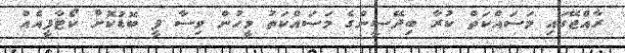
ރާއްޖޭގައި މަސައްކަތް ކުރާ ބިދޭސީންގެ މަސައްކަތު މީހުން ވިސާ ފީ ބޮޑުކޮށް ކޯޓާފީއެއް